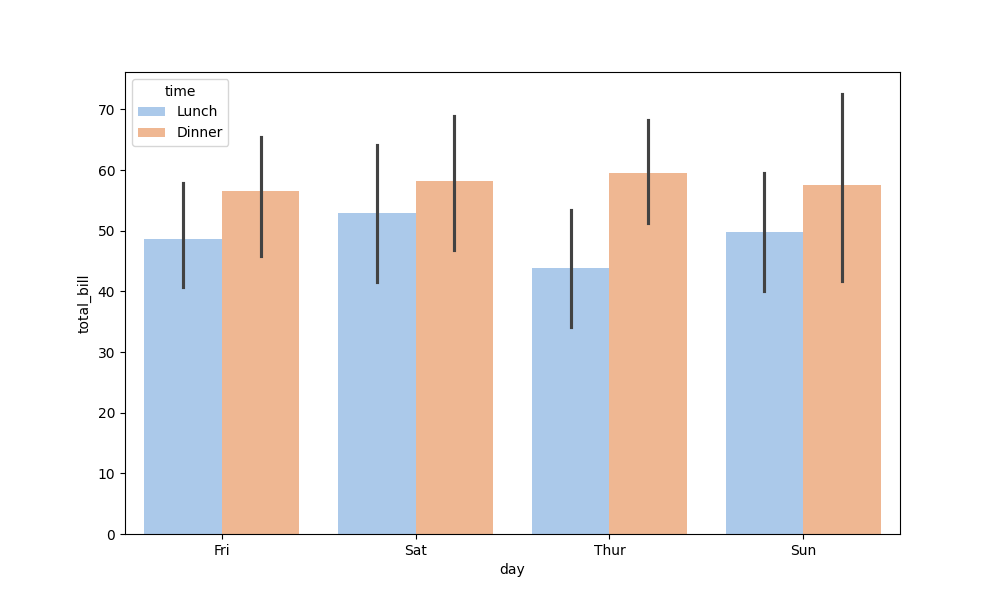
python, seaborn, barplot, hue='time', palette='pastel', ci=95, orient='v'